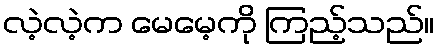
လဲ့လဲ့က မေမေ့ကို ကြည့်သည်။